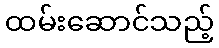
ထမ်းဆောင်သည့်